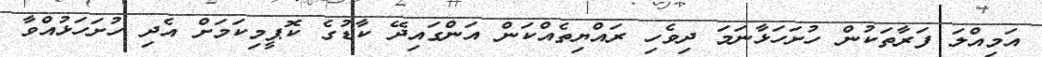
އަމިއްލަ ފަރާތަކުން ހުށަހަޅާނަމަ ދިވެހި ރައްޔިތެއްކަން އަންގައިދޭ ކާޑުގެ ކޮޕީމިކަމަށް އެދި ހުށަހަޅުއްވާ